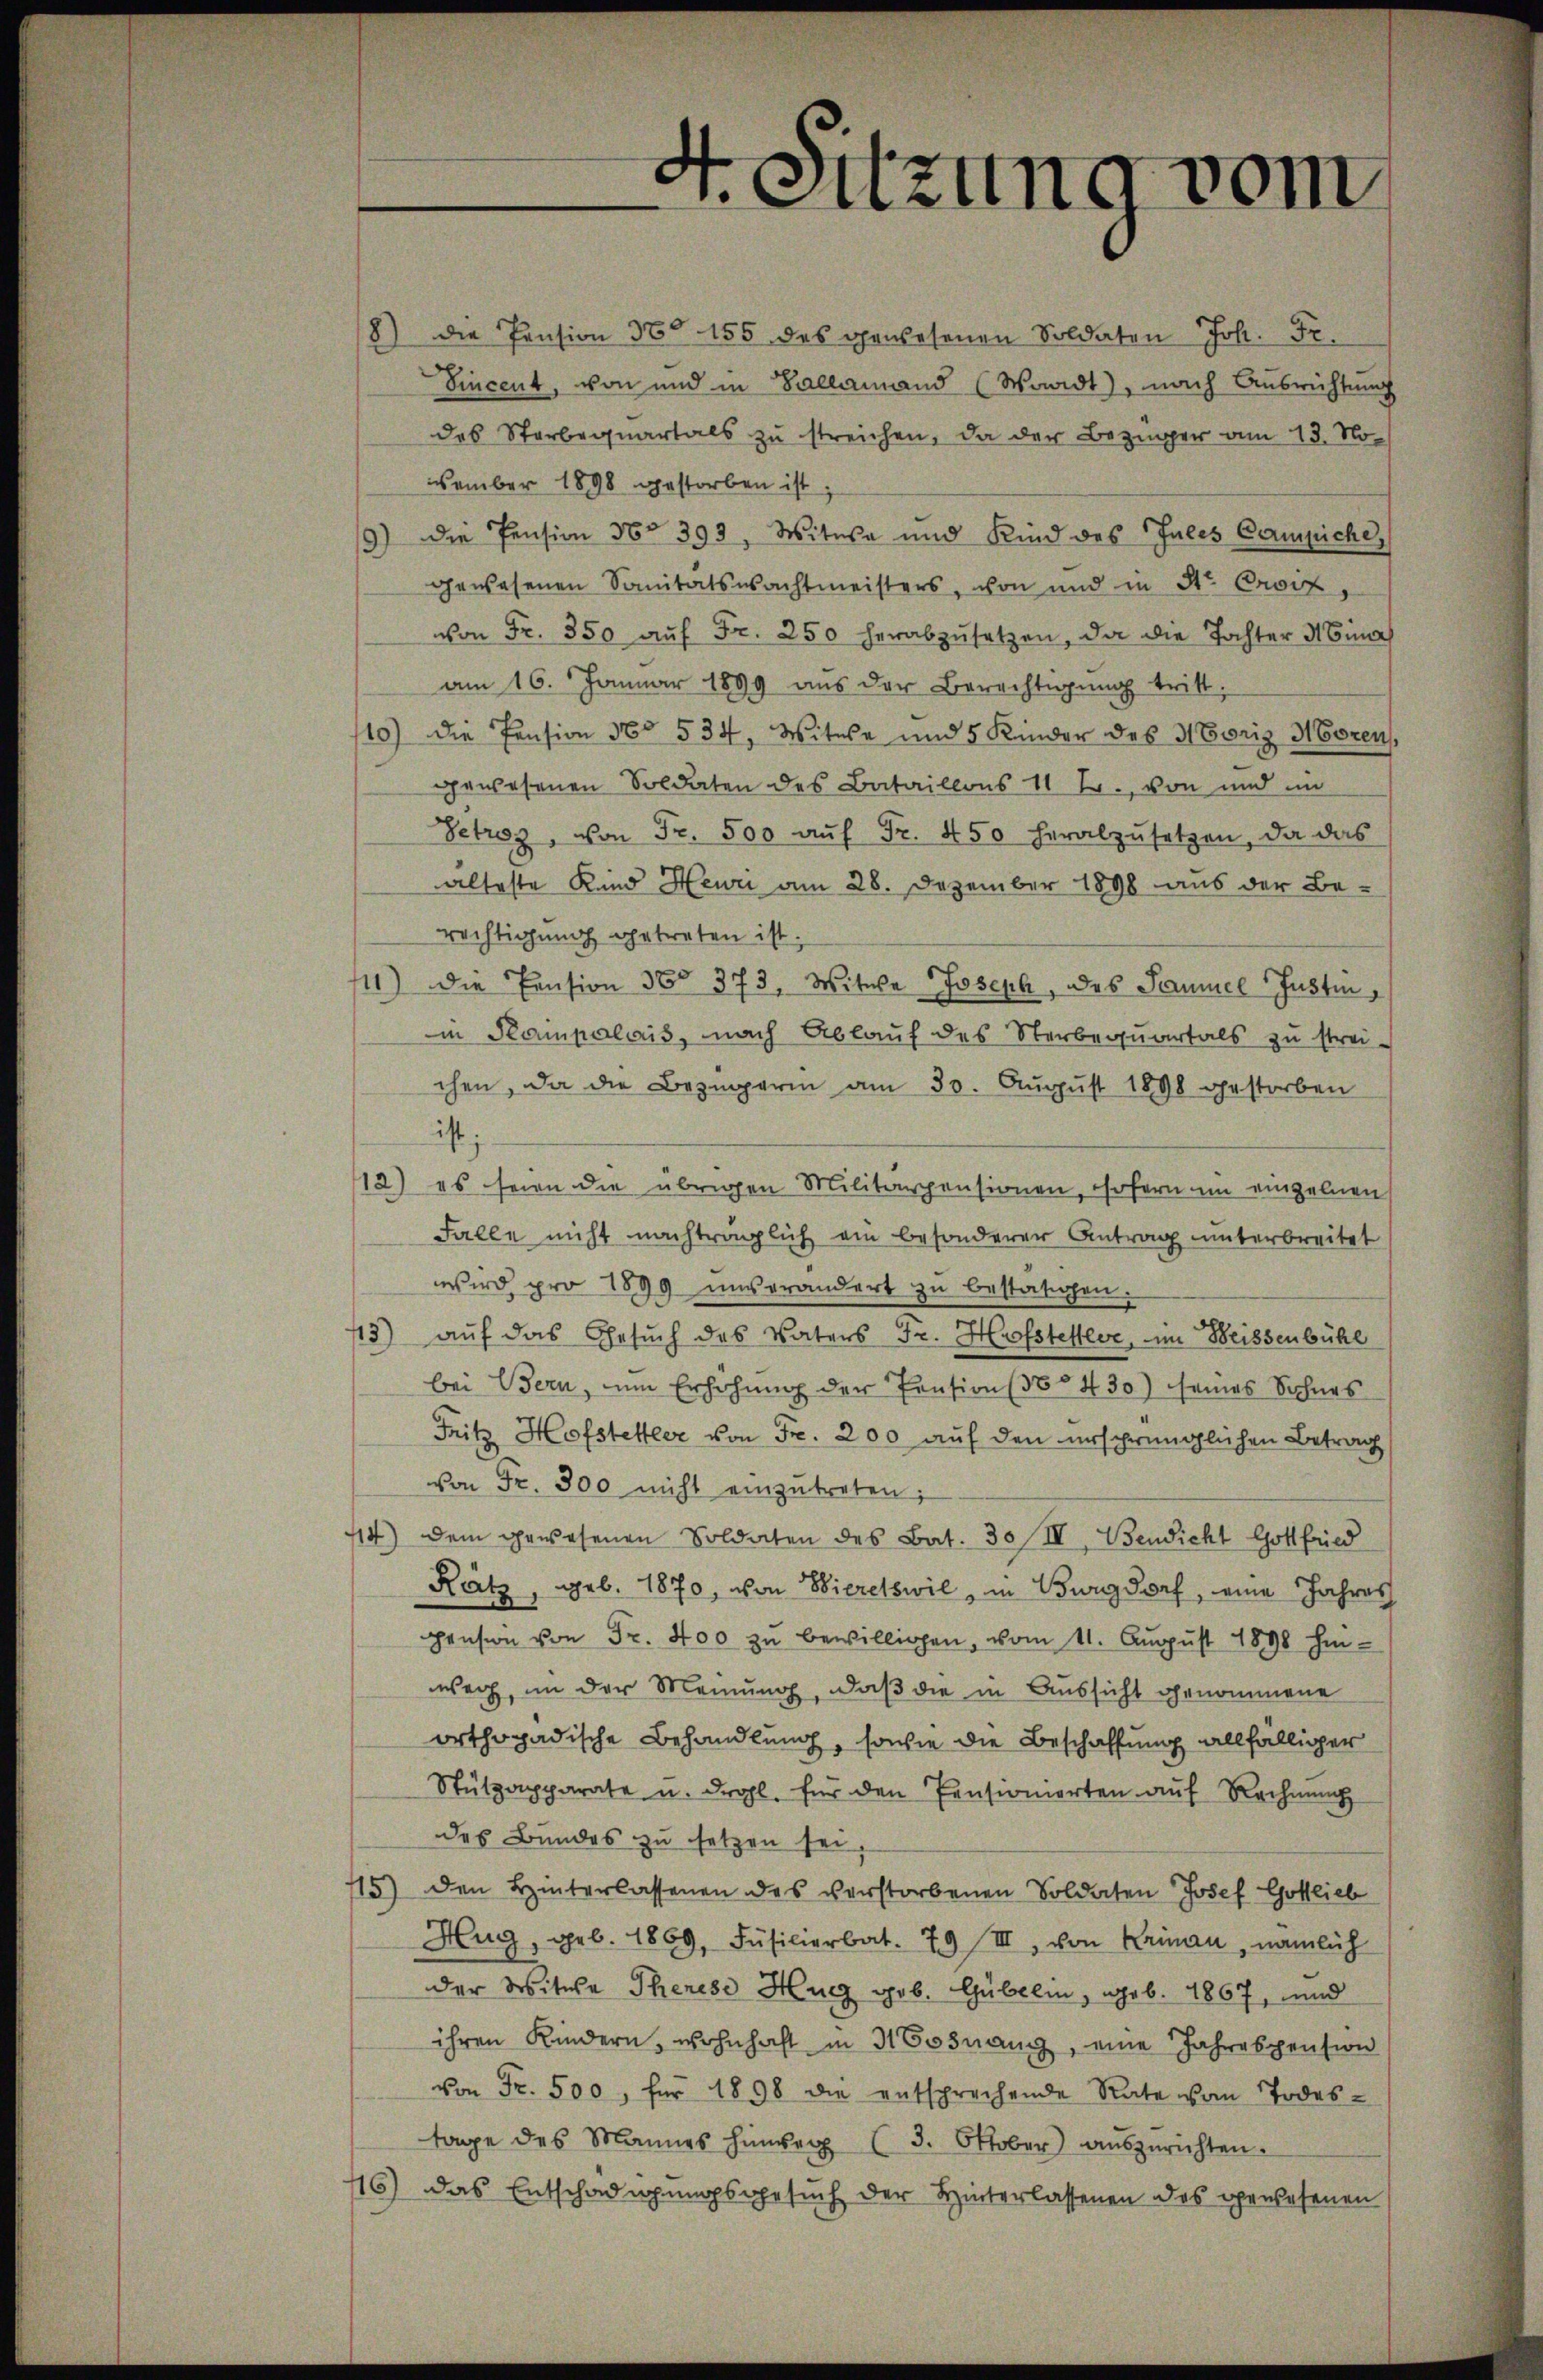
A. Sitzung vom

8) die Pension 30 155 des gewesenen Soldaten Joh. Fr.
Sincent, von und in Sallainand (Waadt), nach Ausrichtung
des Starbequartals zu streichen, da der Bezinger am 13. November 1898 gestorben ist
9) Die Pension No 393, Witwe und Kind des Jules Campiche,
gewesenen Sanitätswachtmeisters, von und in Str. Croit,
von Fr. 350 aŭf Fr. 250 herabzŭsetzen, da die Tochter Mina
am 16. Januar 1899 aŭs der Berechtigŭng tritt:
10) Die Pension No 534, Witwe und 5 Kinder des Moriz Moren,
gewesenen Soldaten des Bataillons 11 Fr., von und in
Petroz, von Fr. 500 aŭf Fr. 450 herabzŭsetzen, da das
alteste Kind Heuri am 28. Dezember 1898 aus der Be-
rechtigung getreten ist.
11) Die Pension 38. 373, Witwe Joseph, des Samuel Justin,
in Klampalais, nach Ablauf des Sterbequartals zu streichen, da die Bezingerin am 30. August 1898 gestorben
ist;
12) es seien die übrigen Militärpensionen, sofern im einzelnen
Falle nicht nachträglich ein besonderer Antrag unterbreitet
wird pro 1899 unverändert zu bestätigen.
13) auf das Gesuch des Vaters Fr. Hofstettler, im Weissenbühl
bei Bern, um Erhöhŭng der Pension (85430) seines Sohnes
Fritz Hofstettler von Fr. 200 auf den ursprünglichen Betrag
von Fr. 300 nicht einzutreten;
14) dem gewesenen Soldaten des Bat. 30 II, Bendicht Gottfried
Rätz, geb. 1870, von Bieretswil, in Burgdorf, eine Jahres
pension von Fr. 400 zu bewilligen, vom 11. August 1898 hinweg, in der Meinung, daß die in Aussicht genommene
orthopädische Behandlung, sowie die Beschaffung allfälliger
Stülzapparate u. drohl. für den Pensionierten aŭf Rechnung
des Bundes zu setzen sei
5) den Hinterlassenen des verstorbenen Soldaten Josef Gottlieb
Hug, geb. 1869, Füsilierbat. 79 III, von Krinau, nämlich
der Witwe Therese Hurg geb. Gubelin, geb. 1867, und
ihren Kindern, wohnhaft in 3 Bosnang, eine Jahrespension
von Fr. 500, für 1898 die entsprechende Rate vom Todes-
tage des Mannes hinweg (3. Oktober auszurichten.
116) Das Entschädigungsgesuch der Hinterlassenen des gewesenen